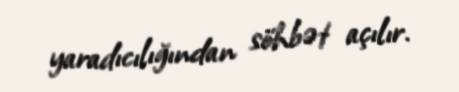
yaradıcılığından söhbət açılır.